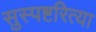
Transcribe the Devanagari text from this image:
सुस्पष्टरित्या